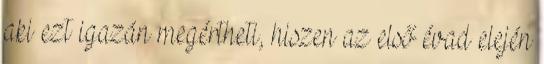
aki ezt igazán megértheti, hiszen az első évad elején